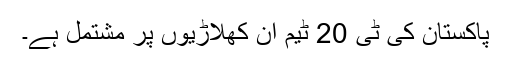
پاکستان کی ٹی 20 ٹیم ان کھلاڑیوں پر مشتمل ہے۔